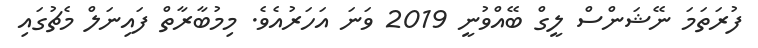
ފުރަތަމަ ނޭޝަންސް ލީގް ބޭއްވުނީ 2019 ވަނަ އަހަރުއެވެ. މިމުބާރާތް ފައިނަލް މެޗުގައި